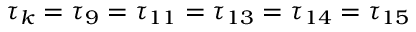
\tau _ { k } = \tau _ { 9 } = \tau _ { 1 1 } = \tau _ { 1 3 } = \tau _ { 1 4 } = \tau _ { 1 5 }